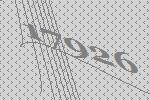
17926